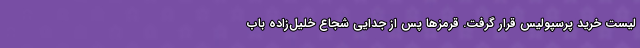
لیست خرید پرسپولیس قرار گرفت. قرمزها پس از جدایی شجاع خلیل‌زاده باب